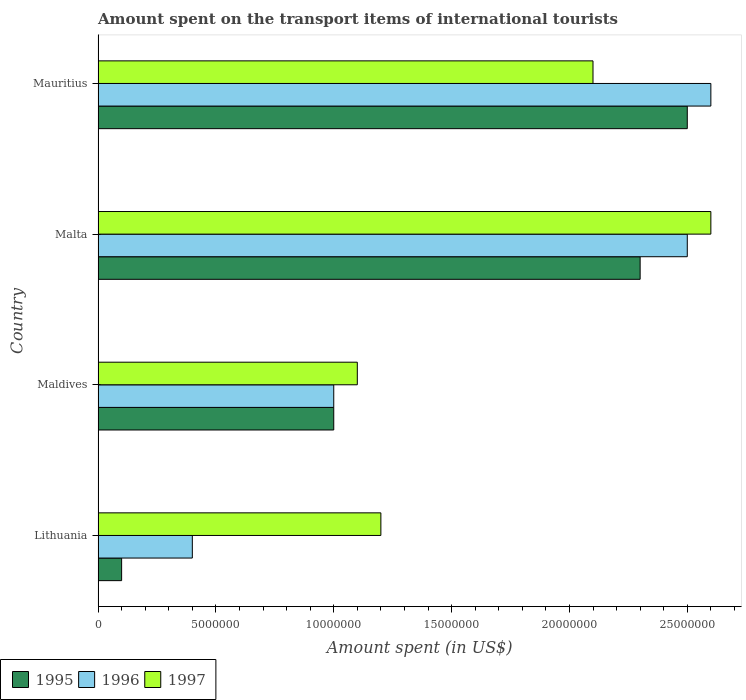
| Country | 1995 | 1996 | 1997 |
 | --- | --- | --- | --- |
 | Lithuania | 1e+06 | 4e+06 | 1.2e+07 |
 | Maldives | 1e+07 | 1e+07 | 1.1e+07 |
 | Malta | 2.3e+07 | 2.5e+07 | 2.6e+07 |
 | Mauritius | 2.5e+07 | 2.6e+07 | 2.1e+07 |